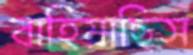
বাহিয়াছিস